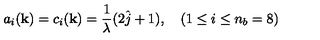
a _ { i } ( { \bf k } ) = c _ { i } ( { \bf k } ) = \frac { 1 } { \lambda } ( 2 \hat { j } + 1 ) , \quad ( 1 \leq i \leq n _ { b } = 8 )